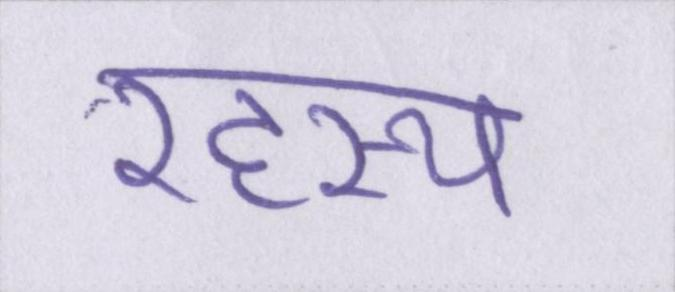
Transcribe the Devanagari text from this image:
रहस्य